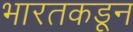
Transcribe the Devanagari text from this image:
भारतकडून